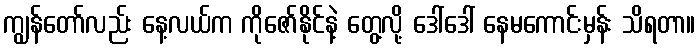
ကျွန်တော်လည်း နေ့လယ်က ကိုဇော်နိုင်နဲ့ တွေ့လို့ ဒေါ်ဒေါ် နေမကောင်းမှန်း သိရတာ။